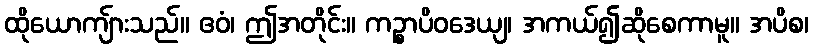
ထိုယောကျ်ားသည်။ ဧဝံ၊ ဤအတိုင်း။ ကဉ္စာပိဝဒေယျ၊ အကယ်၍ဆိုစေကာမူ။ အပိစ၊